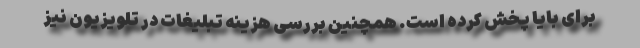
برای بایا پخش کرده است. همچنین بررسی هزینه تبلیغات در تلویزیون نیز